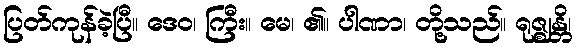
ပြတ်ကုန်ခဲ့ပြီ။ ဒေဝ၊ ကြီး။ မေ၊ ၏။ ပါဏာ၊ တို့သည်။ ရုဇ္ဈန္တိ၊